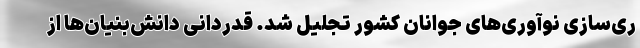
ری‌سازی نوآوری‌های جوانان کشور تجلیل شد. قدردانی دانش‌بنیان‌ها‌ از